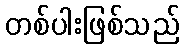
တစ်ပါးဖြစ်သည်